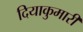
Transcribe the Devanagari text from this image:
दियाकुमारी